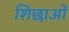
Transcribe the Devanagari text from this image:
शिछाओं